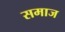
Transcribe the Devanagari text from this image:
समाज